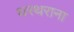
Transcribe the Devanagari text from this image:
थरथराना